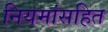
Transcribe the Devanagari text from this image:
नियमांसहित